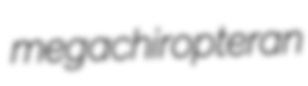
megachiropteran